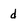
Character: d